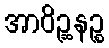
အာဝိဉ္ဆနဉ္စ